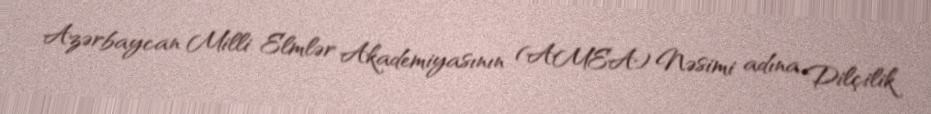
Azərbaycan Milli Elmlər Akademiyasının (AMEA) Nəsimi adına Dilçilik